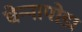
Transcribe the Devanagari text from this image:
चेन्‍नापोडा